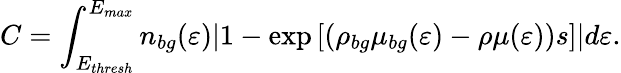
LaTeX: C=\int_{E_{thresh}}^{E_{max}}n_{bg}(\varepsilon)\lvert 1-\exp\left[\left(\rho_{bg}\mu_{bg}(\varepsilon)-\rho\mu(\varepsilon)\right)s\right]\rvert d\varepsilon.